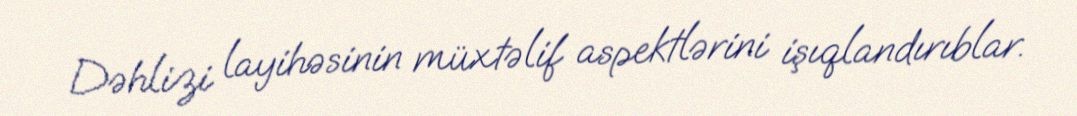
Dəhlizi layihəsinin müxtəlif aspektlərini işıqlandırıblar.